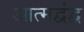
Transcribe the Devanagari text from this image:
आत्मद्वंद्व